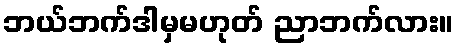
ဘယ်ဘက်ဒါမှမဟုတ် ညာဘက်လား။